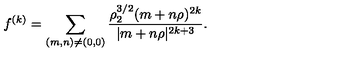
f ^ { ( k ) } = \sum _ { ( m , n ) \neq ( 0 , 0 ) } { \frac { \rho _ { 2 } ^ { 3 / 2 } ( m + n \rho ) ^ { 2 k } } { | m + n \rho | ^ { 2 k + 3 } } } .